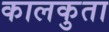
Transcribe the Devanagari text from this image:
कालकुता